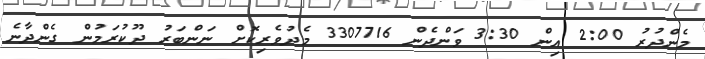
މެންދުރު 2:00 އިން 3:30 ވަންދެން 3307716 މެދުވެރިކޮށް ނަންބަރު ދޫކުރަމުން ގެންދާނެ